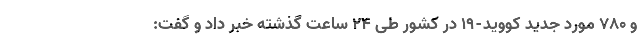
و ۷۸۰ مورد جدید کووید-۱۹ در کشور طی ۲۴ ساعت گذشته خبر داد و گفت: